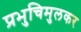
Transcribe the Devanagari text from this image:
प्रभुचिमुलकर